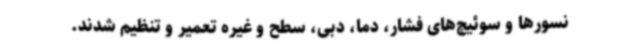
نسورها و سوئیچ‌های فشار، دما، دبی، سطح و غیره تعمیر و تنظیم شدند.